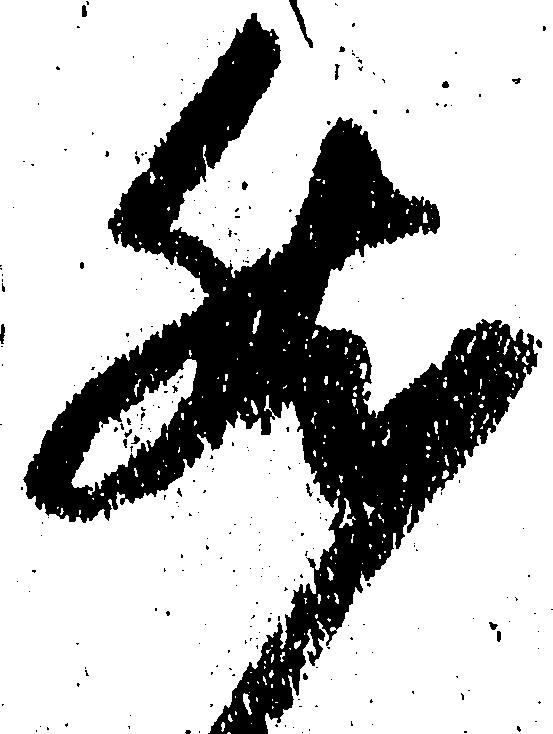
然